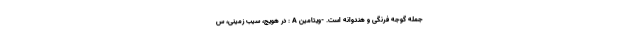
جمله گوجه فرنگی و هندوانه است. -ویتامین A : در هویج، سیب زمینی، س